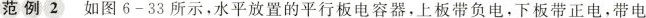
范例2 如图6-33所示，水平放置的平行板电容器，上板带负电，下板带正电，带电